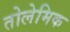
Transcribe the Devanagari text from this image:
तोलेमिक